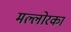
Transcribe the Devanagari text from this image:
मल्लोरका